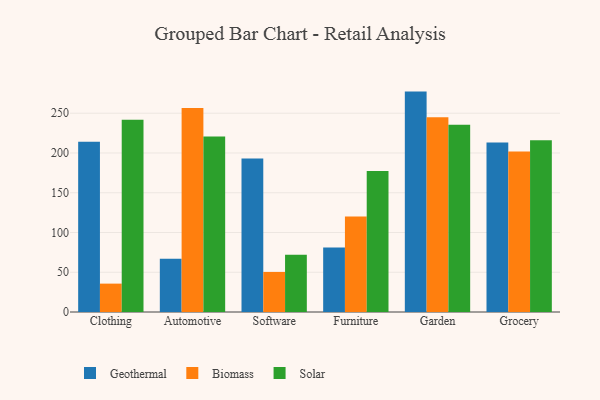
{"axis": {"x": "Category", "y": "Website Visitors"}, "legend": ["Biomass", "Geothermal", "Solar"], "data": [{"x": "Clothing", "y": 214.1, "type": "Geothermal"}, {"x": "Clothing", "y": 35.7, "type": "Biomass"}, {"x": "Clothing", "y": 241.8, "type": "Solar"}, {"x": "Automotive", "y": 67.0, "type": "Geothermal"}, {"x": "Automotive", "y": 256.6, "type": "Biomass"}, {"x": "Automotive", "y": 220.6, "type": "Solar"}, {"x": "Software", "y": 193.1, "type": "Geothermal"}, {"x": "Software", "y": 50.4, "type": "Biomass"}, {"x": "Software", "y": 72.0, "type": "Solar"}, {"x": "Furniture", "y": 81.0, "type": "Geothermal"}, {"x": "Furniture", "y": 120.2, "type": "Biomass"}, {"x": "Furniture", "y": 177.2, "type": "Solar"}, {"x": "Garden", "y": 277.2, "type": "Geothermal"}, {"x": "Garden", "y": 244.8, "type": "Biomass"}, {"x": "Garden", "y": 235.4, "type": "Solar"}, {"x": "Grocery", "y": 213.1, "type": "Geothermal"}, {"x": "Grocery", "y": 201.8, "type": "Biomass"}, {"x": "Grocery", "y": 216.0, "type": "Solar"}]}